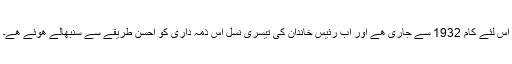
اس لئے کام 1932 سے جاری ھے اور اب رئیس خاندان کی تیسری نسل اس ذمہ داری کو احسن طریقے سے سنبھالے ھوئے ھے۔